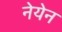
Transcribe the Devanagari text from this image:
नेयेन